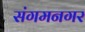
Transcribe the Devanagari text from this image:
संगमनगर